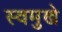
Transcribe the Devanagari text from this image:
स्वमुखे